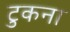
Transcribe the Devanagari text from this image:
टुकना